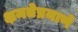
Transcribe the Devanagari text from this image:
क्षमतेप्रमाणे